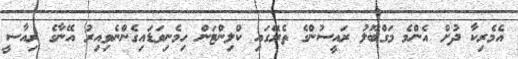
އެމެރިކާ ދުށް އެންމެ މަގްބޫލު ރައީސުންގެ ތެރޭގައި ކްލިންޓަން ހިމެނިވަޑައިގެންނެވިއިރު އޭނާގެ ރިއާސީ